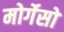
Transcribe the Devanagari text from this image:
मोर्गेसों